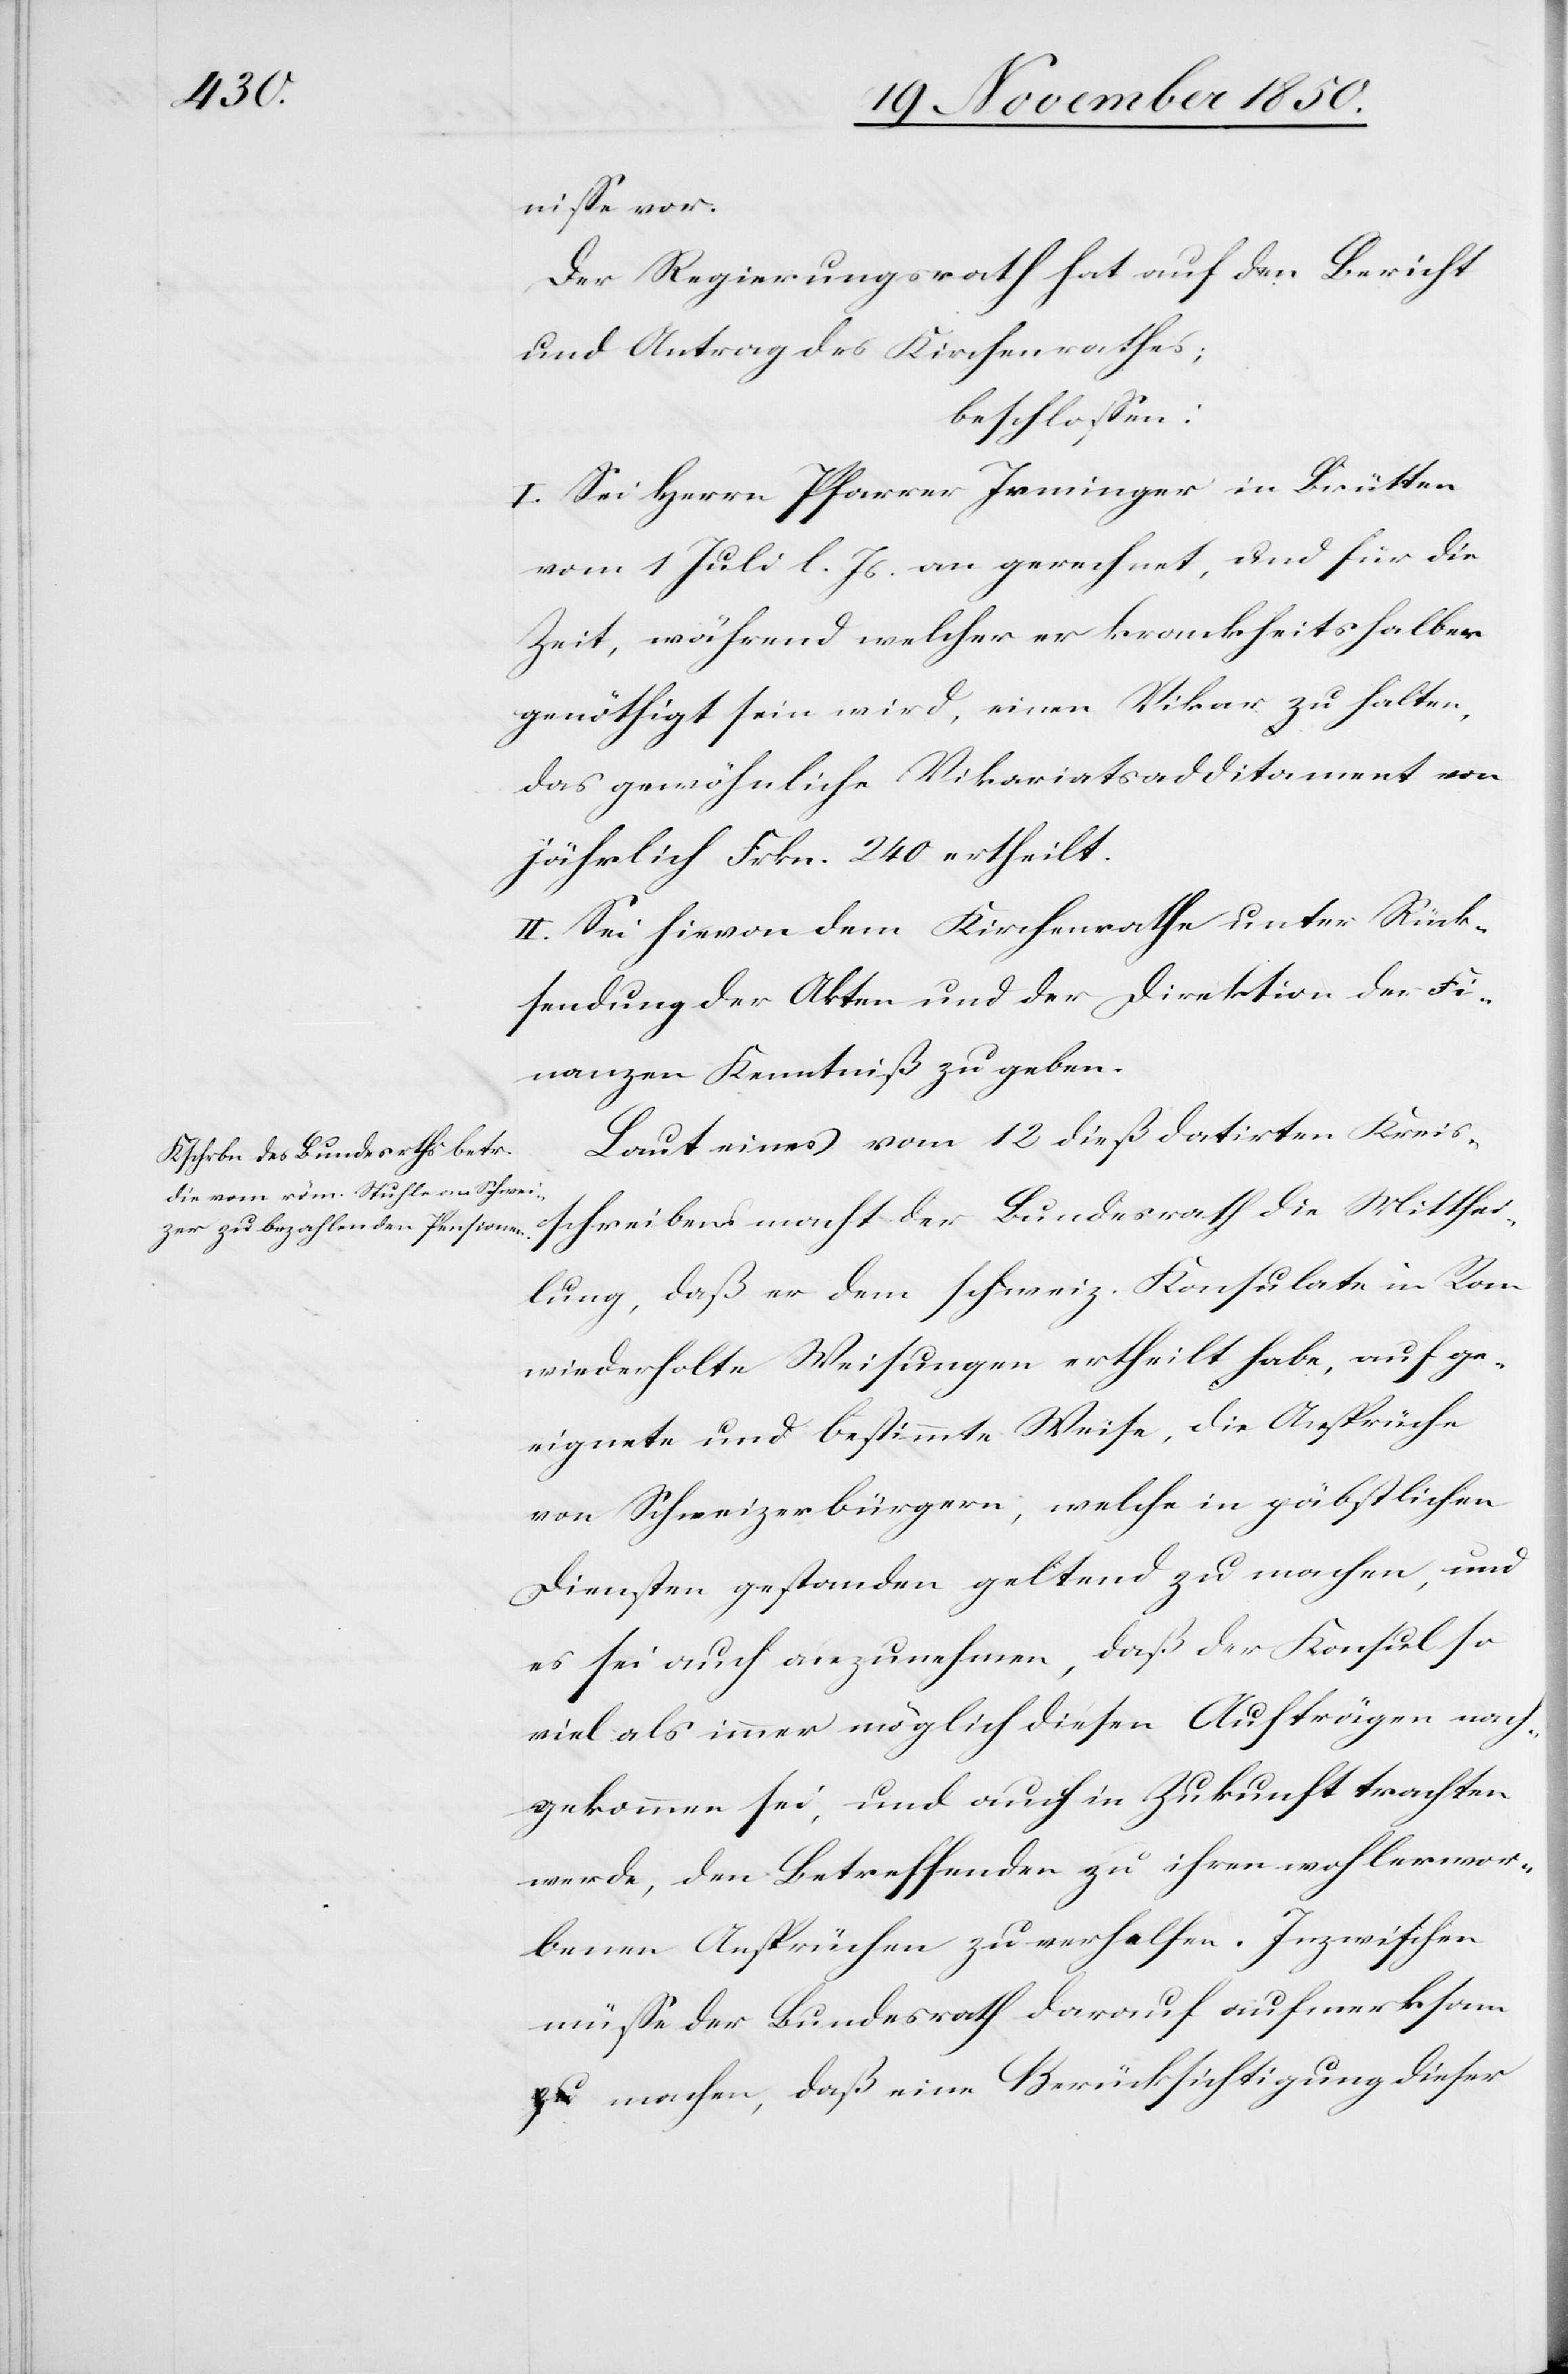
nisse vor.
Der Regierungsrath hat auf den Bericht
und Antrag des Kirchenrathes;
beschlossen:
I. Sei Herrn Pfarrer Irminger in Brütten
vom 1 Juli l. Js. an gerechnet, und für die
Zeit, während welcher er krankheitshalber
genöthigt sein wird, einen Vikar zu halten,
das gewöhnliche Vikariatsadditament von
jährlich Frkn. 240 ertheilt.
II. Sei hievon dem Kirchenrathe unter Rück¬
sendung der Akten und der Direktion der Fi¬
nanzen Kenntniß zu geben.
Laut eines vom 12 dieß datirten Kreis¬
schreibens macht der Bundesrath die Mitthei¬
lung, daß er dem schweiz. Konsulate in Rom
wiederholte Weisungen ertheilt habe, auf ge¬
eignete und bestimmte Weise, die Ansprüche
von Schweizerbürgern, welche in päbstlichen
Diensten gestanden geltend zu machen, und
es sei auch anzunehmen, daß der Konsul so
viel als immer möglich diesen Aufträgen nach¬
gekommen sei, und auch in Zukunft trachten
werde, den Betreffenden zu ihren wohlerwor¬
benen Ansprüchen zu verhelfen. Inzwischen
müsse der Bundesrath darauf aufmerksam
machen, daß eine Berücksichtigung dieser